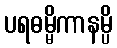
ပရဓမ္မိကာနမ္ပိ